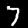
Label: 7